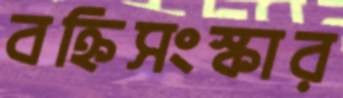
বহ্নিসংস্কার